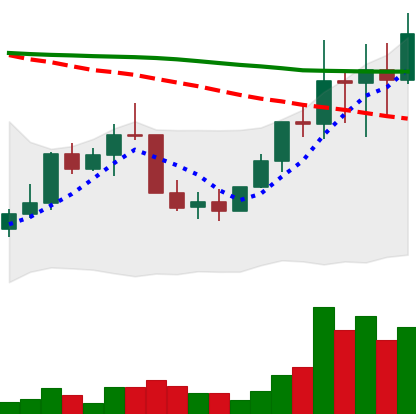
Ticker: LINK-USD
Chart end date: 2022-01-09
Forward return: -6.473%
Label: down_5_7